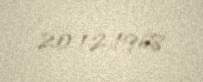
20.12.1968